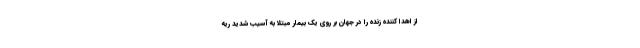
از اهدا کننده زنده را در جهان بر روی یک بیمار مبتلا به آسیب شدید ریه